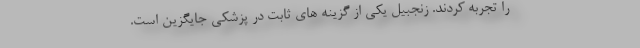
را تجربه کردند. زنجبیل یکی از گزینه های ثابت در پزشکی جایگزین است.